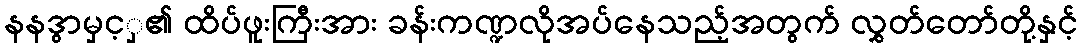
နနဒွာမှင့ှ၏ ထိပ်ဖူးကြီးအား ခန်းကဏ္ဍလိုအပ်နေသည့်အတွက် လွှတ်တော်တို့နှင့်